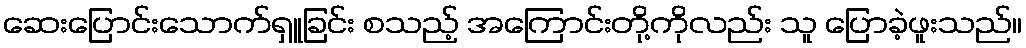
ဆေးပြောင်းသောက်ရှူခြင်း စသည့် အကြောင်းတို့ကိုလည်း သူ ပြောခဲ့ဖူးသည်။